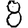
Digit: 8